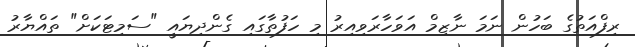
ރިފްއަތުގެ ބަހުން ނަމަ ނާޒިމް އަވަހާރަވިއިރު މި ހަފުތާގައި ގެންދިޔައީ "ސަމިޓަކަށް" ތައްޔާރު